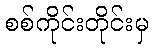
စစ်ကိုင်းတိုင်းမှ